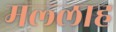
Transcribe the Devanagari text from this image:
मल्‍लाह